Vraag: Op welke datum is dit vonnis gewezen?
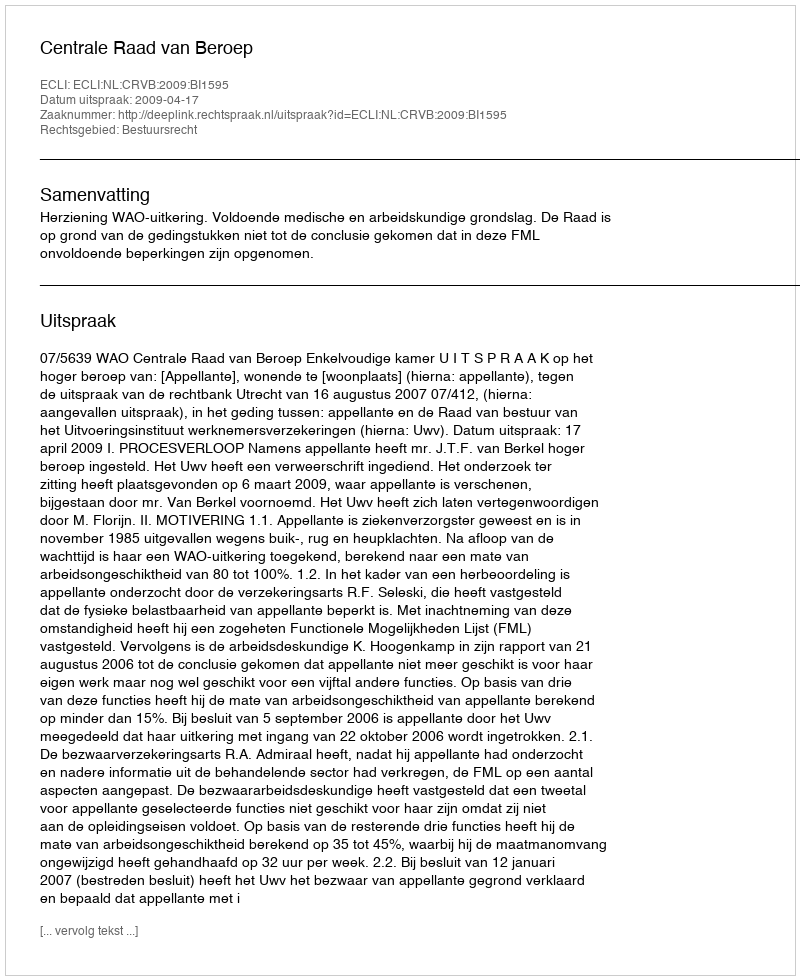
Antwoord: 2009-04-17